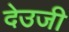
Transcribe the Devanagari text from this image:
देउजी